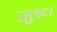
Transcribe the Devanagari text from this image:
सुब्ध